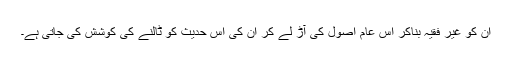
ان کو غیر فقیہ بناکر اس عام اصول کی آڑ لے کر ان کی اس حدیث کو ٹالنے کی کوشش کی جاتی ہے۔